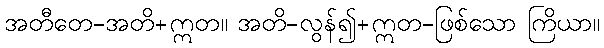
အတီတေ-အတိ+ဣတ။ အတိ-လွန်၍+ဣတ-ဖြစ်သော ကြိယာ။